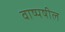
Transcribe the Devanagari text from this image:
वाष्पषील